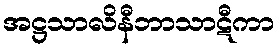
အဋ္ဌသာလိနီဘာသာဋီကာ